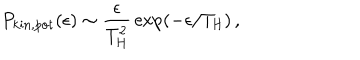
LaTeX: P _ { \mathrm { k i n , p o t } } ( \epsilon ) \sim { \frac { \epsilon } { T _ { \mathrm { H } } ^ { 2 } } } \exp ( - \epsilon / T _ { \mathrm { H } } ) \, ,